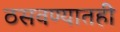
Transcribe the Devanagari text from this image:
ठसवण्यातही